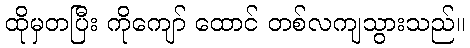
ထိုမှတပြီး ကိုကျော် ထောင် တစ်လကျသွားသည်။